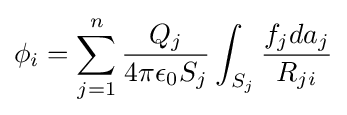
\phi _{i}=\sum _{j=1}^{n}{\frac {Q_{j}}{4\pi \epsilon _{0}S_{j}}}\int _{S_{j}}{\frac {f_{j}da_{j}}{R_{ji}}}